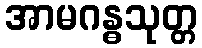
အာမဂန္ဓသုတ္တ